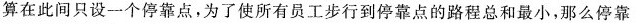
算在此间只设一个停靠点，为了使所有员工步行到停靠点的路程总和最小，那么停靠